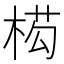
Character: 𭪡